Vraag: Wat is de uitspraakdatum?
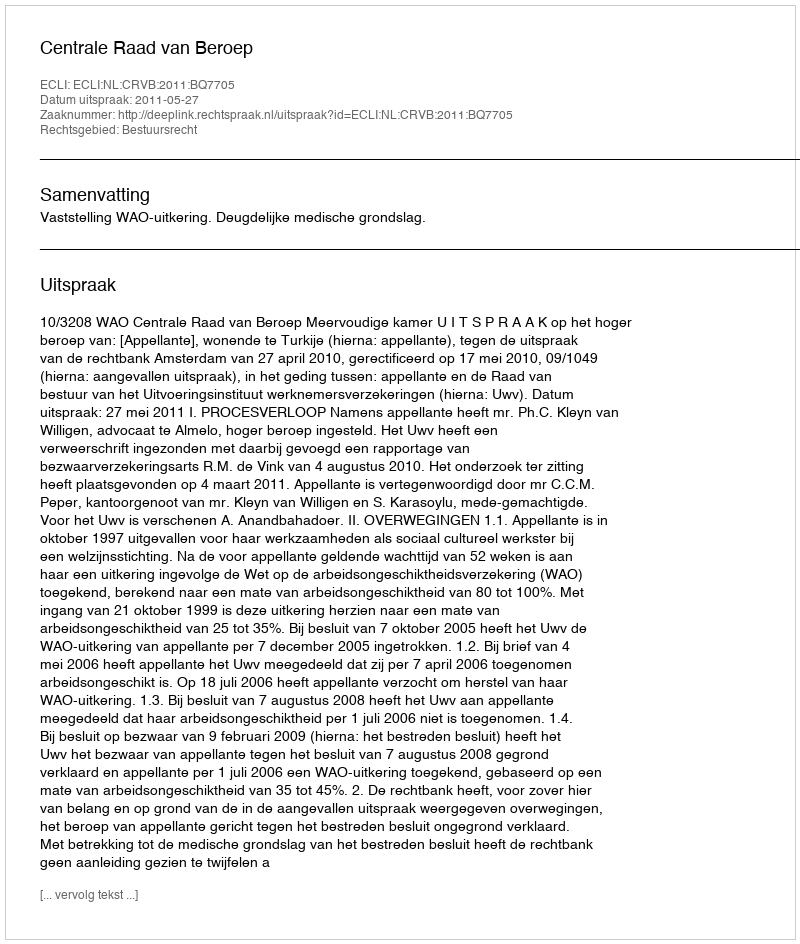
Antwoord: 2011-05-27